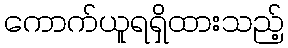
ကောက်ယူရရှိထားသည့်